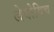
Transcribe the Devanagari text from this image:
लेवोविच